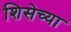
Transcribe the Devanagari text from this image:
शिसेच्या